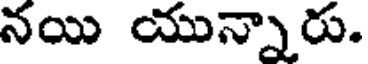
నయి యున్నారు.